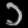
Digit: ၁